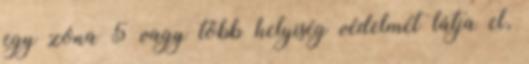
egy zóna 5 vagy több helyiség védelmét látja el,